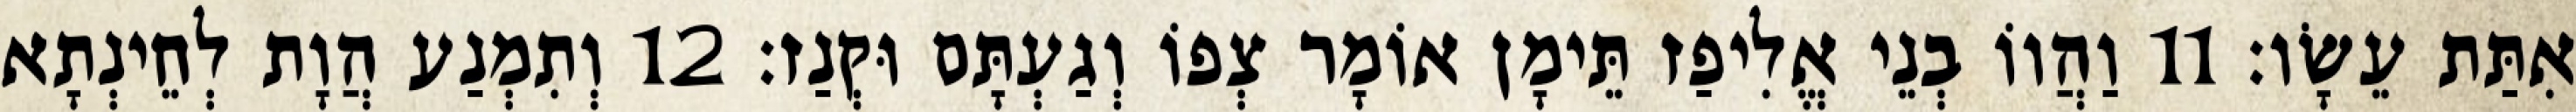
אִתַּת עֵשָׂו׃ 11 וַהֲווֹ בְנֵי אֱלִיפַז תֵּימָן אוֹמָר צְפוֹ וְגַעְתָּם וּקְנַז׃ 12 וְתִמְנַע הֲוָת לְחֵינְתָא